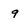
Character: 9